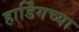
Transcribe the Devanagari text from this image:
हार्डिंगच्या